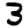
Digit: 3